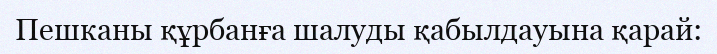
Пешканы құрбанға шалуды қабылдауына қарай: